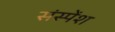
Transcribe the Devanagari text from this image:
संस्‍पेंश